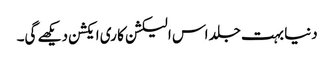
دنیا بہت جلد اس الیکشن کا ری ایکشن دیکھے گی۔